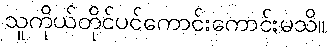
သူကိုယ်တိုင်ပင်ကောင်းကောင်းမသိ။